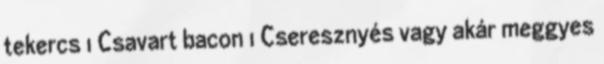
tekercs 1 Csavart bacon 1 Cseresznyés vagy akár meggyes